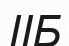
ІІБ